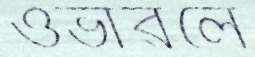
ওভারলে